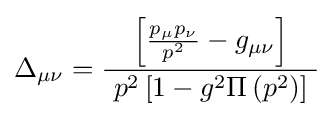
\Delta _{\mu \nu }={\frac {\left[{\frac {p_{\mu }p_{\nu }}{p^{2}}}-g_{\mu \nu }\right]}{~p^{2}\left[1-g^{2}\Pi \left(p^{2}\right)\right]~}}